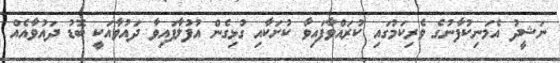
ނަޝީދު އެމަނިކުފާނުގެ ވެރިކަމުގައި ކުރައްވާފައިވާ ކުށަކާއި ގުޅިގެން އުފުލާފައިވާ ދައުވާއަކީ ބޮޑު ދައުވާއެއް